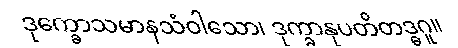
ဒုက္ခောသမာနသံဝါသော၊ ဒုက္ခာနုပတိတဒ္ဓဂူ။